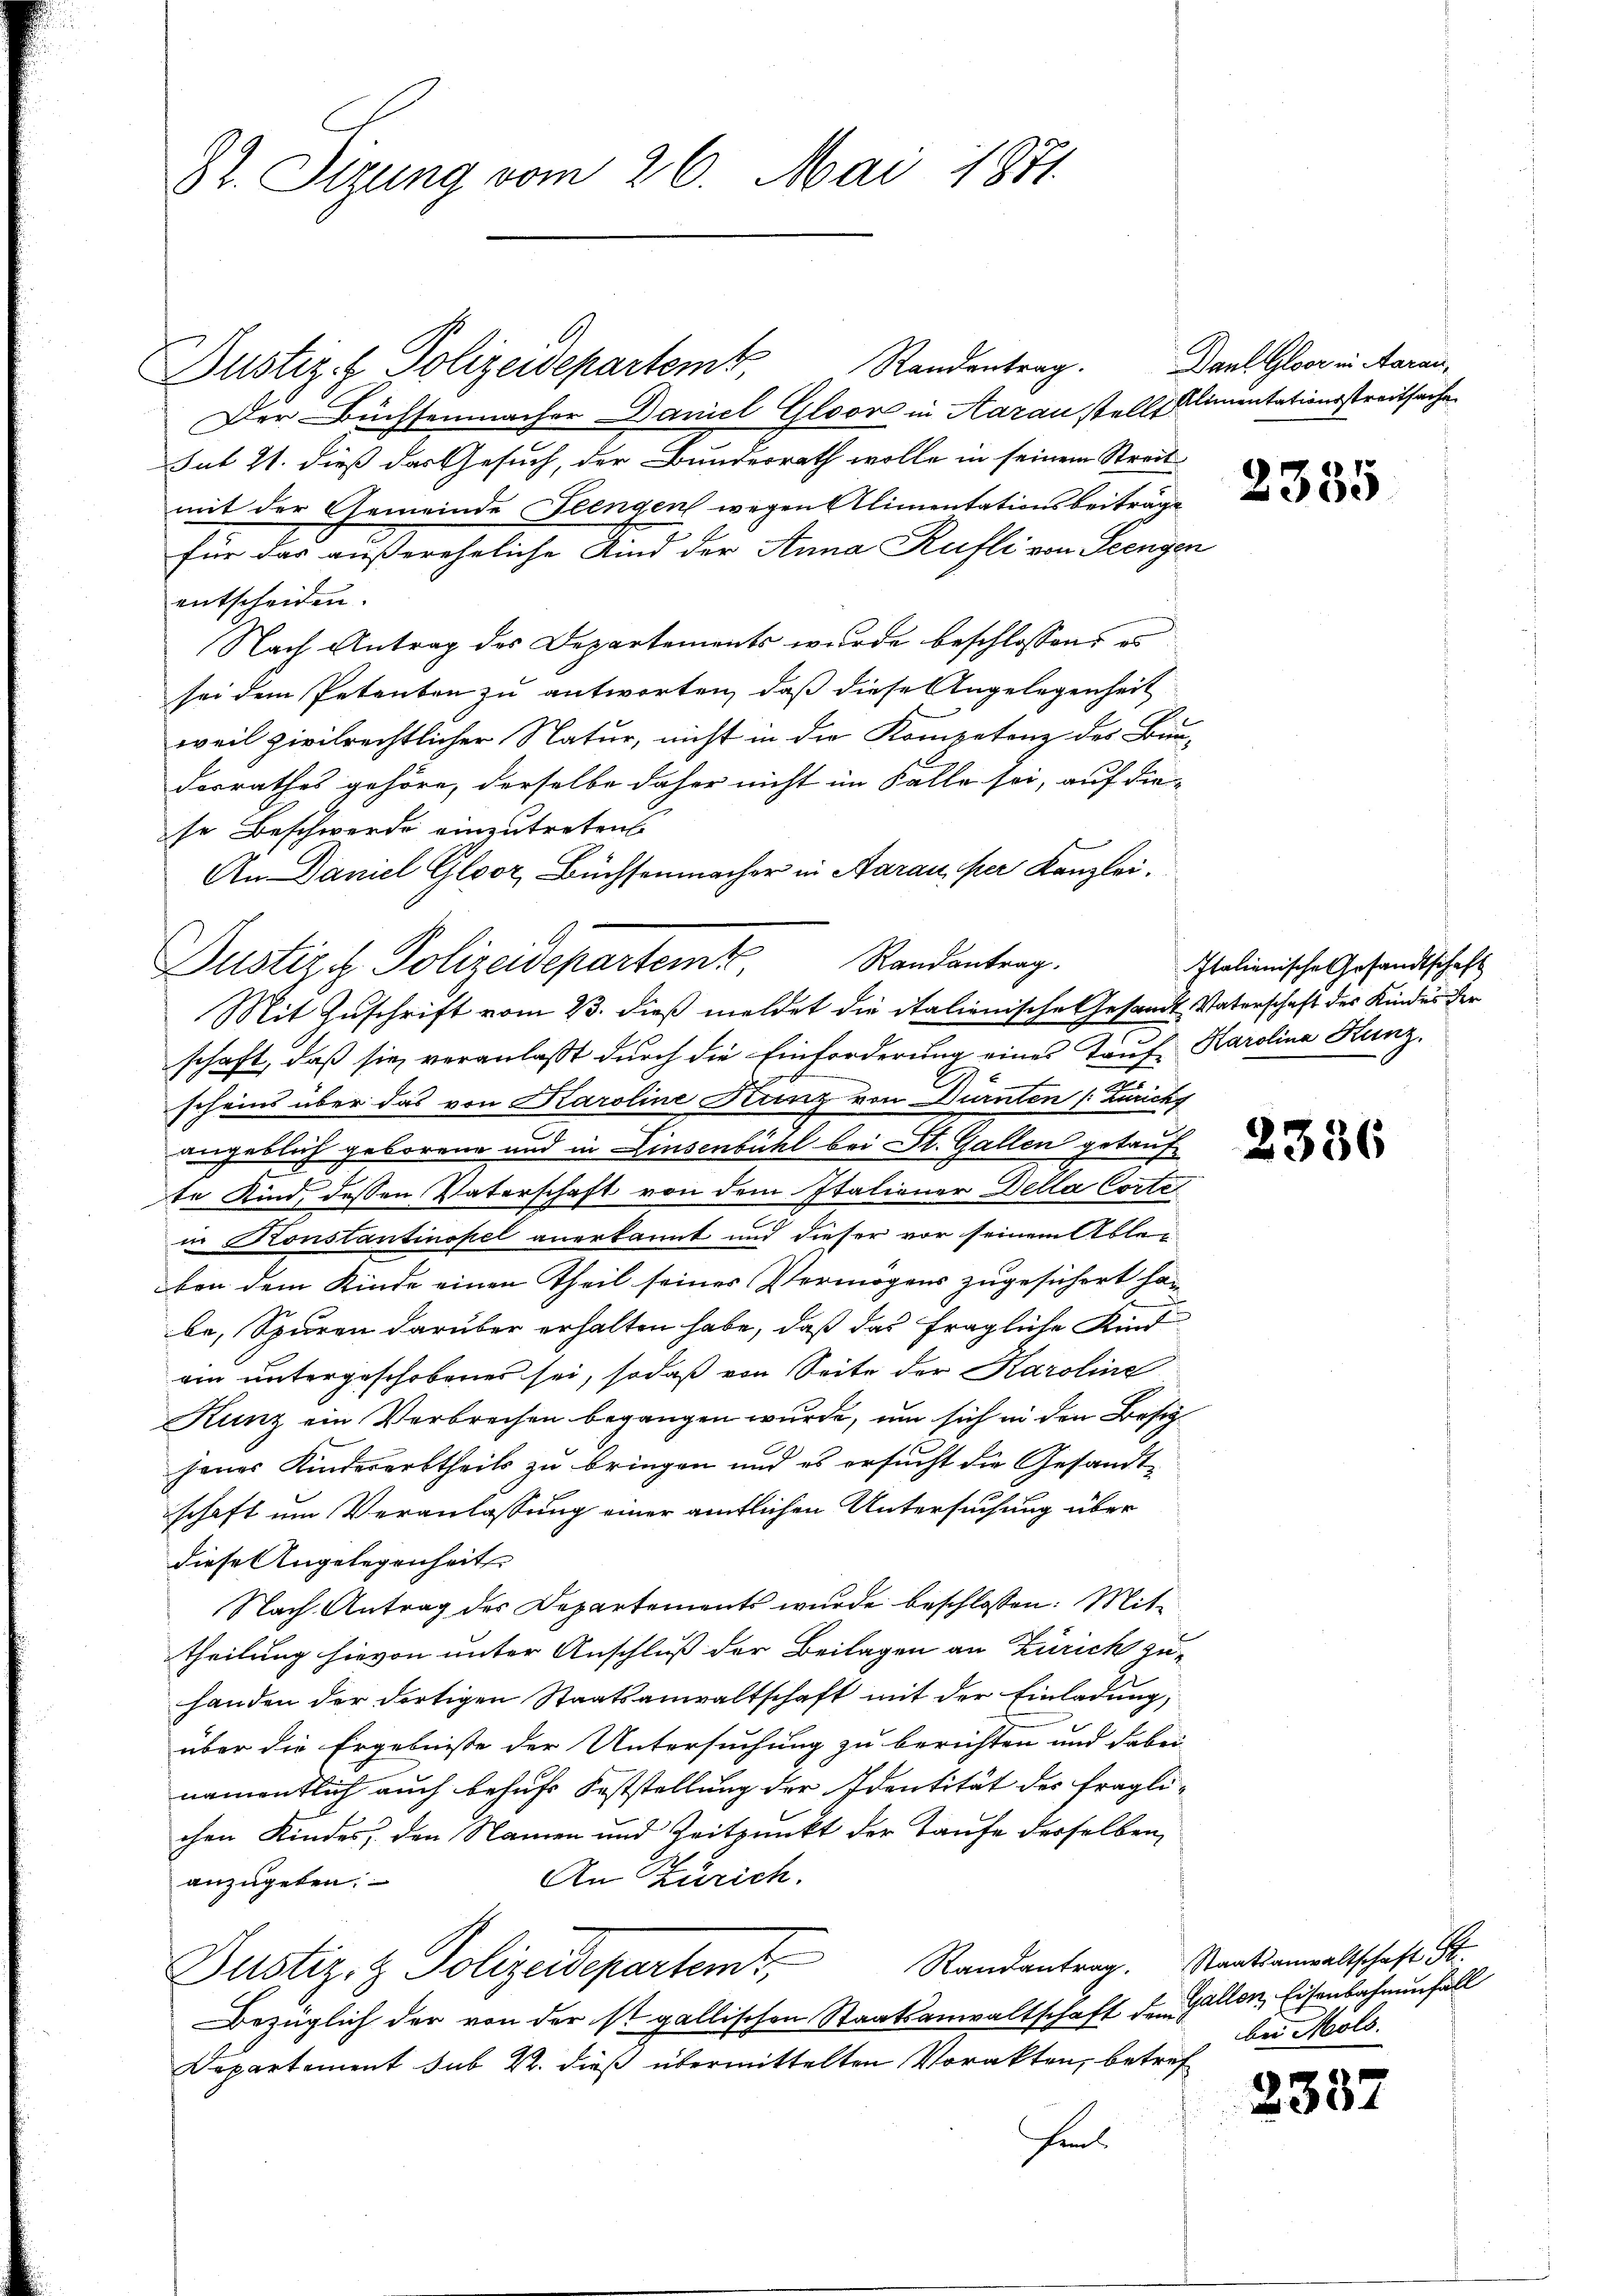
St. Sitzung vom 26. Mai 1871

Justiz- & Polizeidepartemt,
Der Büchsenmacher Daniel Gloor in Aarau stell Klimentationsstreitsache
sut 21. dieß das Gesuch, der Bundesrath wolle in seinem Streit-
mit der Gemeinde Seengen wegen Alimentationsbeiträge
für das außerehrliche Kind der Anna Kufli von Grenzen
entscheiden.
Nach Antrag des Departements wurde beschlossen, u.
sei dem Petenten zu antworten, daß diese Angelegenheit
weil zivilrechtlicher Natur, nicht in die Kompetenz des Bun-
dorrathes gehöre, derselbe daher nicht im Falle sei, auf die-
se Beschwerde einzutreten
An Daniel Gloor, Büchsenmacher in Aarau, per Kanzlei.
Randantrag.
Mit Zuschrift vom 23. dieß meldet die italienische Gesandt, Vaterschaft des Kindes der
schaft, daß sie veranlaßt durch die Einforderung eines Tauf Karolina Kunz,
scheins über das von Karoline Kunz von Dürnten (: Züricht
angeblich geborene und in Linsenbühl bei St. Gallen getaufte Kind, dessen Vaterschaft von dem Stationer Della Corte
in Konstantinopel anerkannt und dieser vor seinem Ablei
ben dem Kinde einen Theil seines Vermögens zugesichert han
be, Spuren darüber erhalten habe, daß das fragliche Kind
ein untergeschobenes sei, sodaß von Seite der Karoline
Kunz ein Verbrechen begangen wurde, um sich in den Besitzjenes Kindererbtheils zu bringen und es ersucht die Gesandt-
schaft um Veranlassung einer amtlichen Untersuchung über
diese Angelegenheit
Nach Antrag des Departements wurde beschlossen: Mittheilung hievon unter Anschluß der Beilagen an Zürich zu-
handen der dortigen Staatsanwaltschaft mit der Einladung,
über die Ergebnisse der Untersuchung zu berichten und dabei
namentlich auch behufs Feststellung der Identität des fragli-
chen Kindes, den Namen und Zeitpunkt der Taufe derselben
An Zürich.
anzugeben:
Justiz- & Polizeidepartem Randantrag. Staatsanwaltschaft St.
Bezüglich der von der ist gallischen Staatsanwaltschaft den Gallen, Eisenbahnenfall
Departement sub 22. dieß übermittelten Vorakten, betref
hins

Justiz & Polizeidepartemt

Randentrag.

Daul Gloor in Aarau,

2335

Italienische Gesandtschaft

2336

bei Mols.

2382